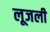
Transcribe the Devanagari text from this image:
लूजली